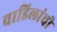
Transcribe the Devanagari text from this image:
वाडिलांची